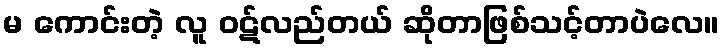
မ ကောင်းတဲ့ လူ ဝဋ်လည်တယ် ဆိုတာဖြစ်သင့်တာပဲလေ။